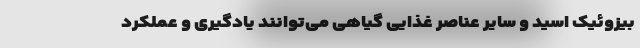
بیزوئیک اسید و سایر عناصر غذایی گیاهی می‌توانند یادگیری و عملکرد